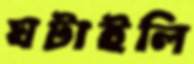
ঘটাইলি